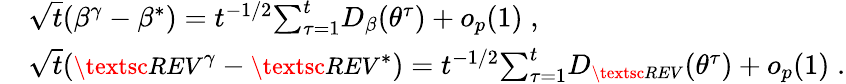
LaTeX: \begin{array}{rl}&{\sqrt{t}(\beta^{\gamma}-\beta^{*})=t^{-1/2}{\sum_{\tau=1}^{t}}D_{\beta}({\theta^{\tau}})+o_{p}(1)\; ,}\\ &{\sqrt{t}({\small\textsc{{REV}}}^{\gamma}-{\small\textsc{{REV}}}^{*})=t^{-1/2}{\sum_{\tau=1}^{t}}D_{\small\textsc{{REV}}}({\theta^{\tau}})+o_{p}(1)\; .}\end{array}